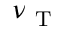
\nu _ { \mathrm { ~ T ~ } }